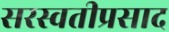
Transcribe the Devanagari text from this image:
सरस्वतीप्रसाद